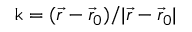
\boldsymbol { \mathrm { k } } = ( { \vec { r } - \vec { r } _ { 0 } } ) / { | \vec { r } - \vec { r } _ { 0 } | }